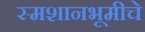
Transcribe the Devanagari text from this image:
स्मशानभूमीचे